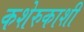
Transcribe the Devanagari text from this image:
कशेरुकाशी